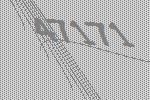
47171